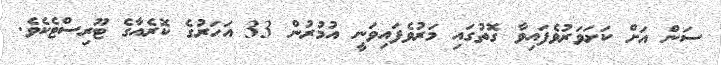
ސަން އަށް ކަށަވަރުވެފައިވާ ގޮތުގައި މަރުވެފައިވަނީ އުމުރުން 33 އަހަރުގެ ކޮރެއާގެ ޓޫރިސްޓެކެވެ.